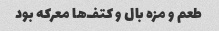
طعم و مزه بال و کتف‌ها معرکه بود